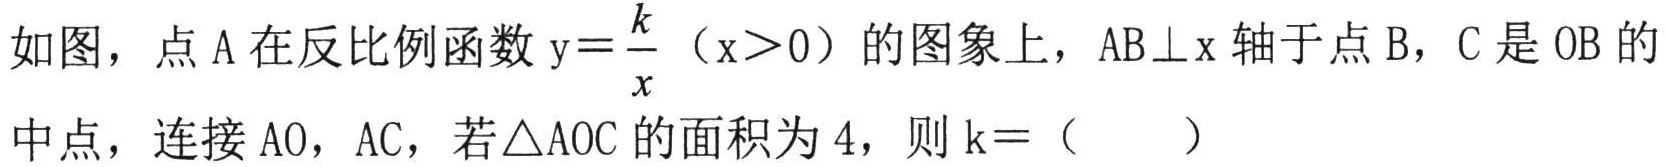
如图，点 \(A\) 在反比例函数 \(y = \frac{k}{x}\)（\(x>0\)）的图象上，\(AB\perp x\) 轴于点 \(B\)，\(C\) 是 \(OB\) 的
中点，连接 \(AO\)，\(AC\)，若 \(\triangle AOC\) 的面积为 \(4\)，则 \(k = (\quad\quad)\)